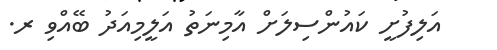
އަލިފުށީ ކައުންސިލަށް އާމިނަތު އަލީމިއަދު ބޭއްވި ރ.